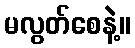
မလွတ်စေနဲ့။